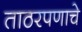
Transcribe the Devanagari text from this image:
ताठरपणाचे